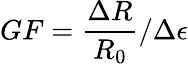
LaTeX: GF=\frac{\Delta R}{R_{0}}/\Delta\epsilon